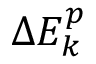
\Delta E _ { k } ^ { p }